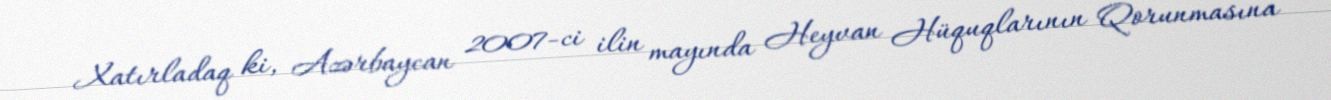
Xatırladaq ki, Azərbaycan 2007-ci ilin mayında Heyvan Hüquqlarının Qorunmasına